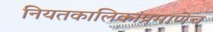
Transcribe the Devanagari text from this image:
नियतकालिकांप्रमाणेच